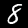
Digit: 8